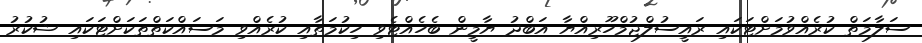
ސަލާމަތް ކުރެއްވުމަށްޓަކައި ރައީސުލްޖުމްހޫރިއްޔާ އަބްދު ޔާމީން ބެހެއްޓެވި ހިކުމަތާއި ކުރެއްވި މަސައްކަތްތަކަށްޓަކައި ޝުކުރު